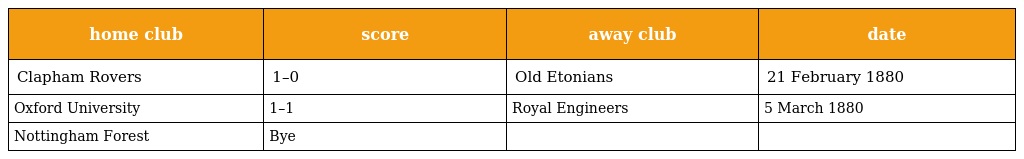
| home club | score | away club | date |
 | --- | --- | --- | --- |
 | Clapham Rovers | 1–0 | Old Etonians | 21 February 1880 |
 | Oxford University | 1–1 | Royal Engineers | 5 March 1880 |
 | Nottingham Forest | Bye |  |  |